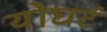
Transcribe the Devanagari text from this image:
योघर्ट